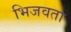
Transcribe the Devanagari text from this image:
भिजवता